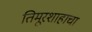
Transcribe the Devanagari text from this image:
तिमूरशाहाचा